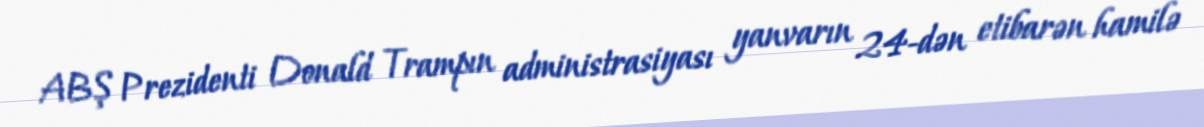
ABŞ Prezidenti Donald Trampın administrasiyası yanvarın 24-dən etibarən hamilə